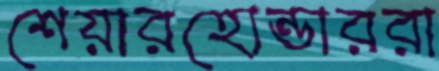
শেয়ারহোন্ডাররা